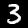
Label: 3